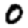
Digit: 0